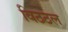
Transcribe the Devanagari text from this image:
विठठल